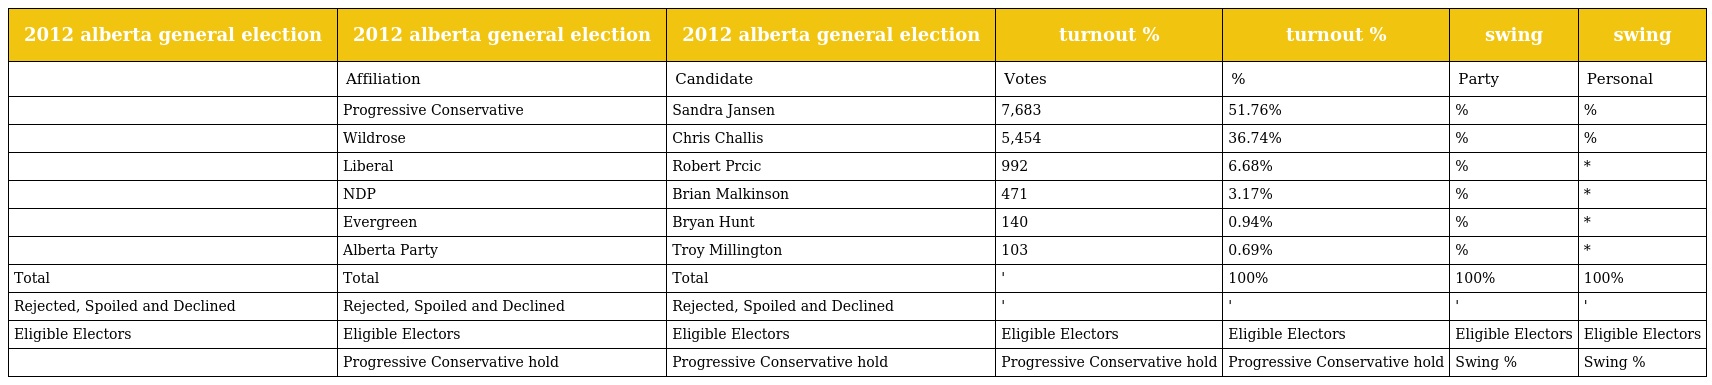
| 2012 alberta general election | 2012 alberta general election | 2012 alberta general election | turnout % | turnout % | swing | swing |
 | --- | --- | --- | --- | --- | --- | --- |
 |  | Affiliation | Candidate | Votes | % | Party | Personal |
 |  | Progressive Conservative | Sandra Jansen | 7,683 | 51.76% | % | % |
 |  | Wildrose | Chris Challis | 5,454 | 36.74% | % | % |
 |  | Liberal | Robert Prcic | 992 | 6.68% | % | * |
 |  | NDP | Brian Malkinson | 471 | 3.17% | % | * |
 |  | Evergreen | Bryan Hunt | 140 | 0.94% | % | * |
 |  | Alberta Party | Troy Millington | 103 | 0.69% | % | * |
 | Total | Total | Total | ' | 100% | 100% | 100% |
 | Rejected, Spoiled and Declined | Rejected, Spoiled and Declined | Rejected, Spoiled and Declined | ' | ' | ' | ' |
 | Eligible Electors | Eligible Electors | Eligible Electors | Eligible Electors | Eligible Electors | Eligible Electors | Eligible Electors |
 |  | Progressive Conservative hold | Progressive Conservative hold | Progressive Conservative hold | Progressive Conservative hold | Swing % | Swing % |